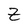
Character: Z